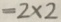
= 2 \times 2